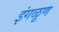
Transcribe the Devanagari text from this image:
इंगळूण